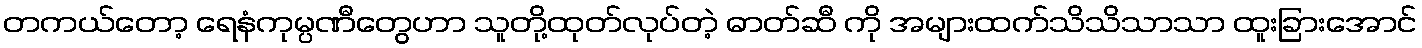
တကယ်တော့ ရေနံကုမ္ပဏီတွေဟာ သူတို့ထုတ်လုပ်တဲ့ ဓာတ်ဆီ ကို အများထက်သိသိသာသာ ထူးခြားအောင်